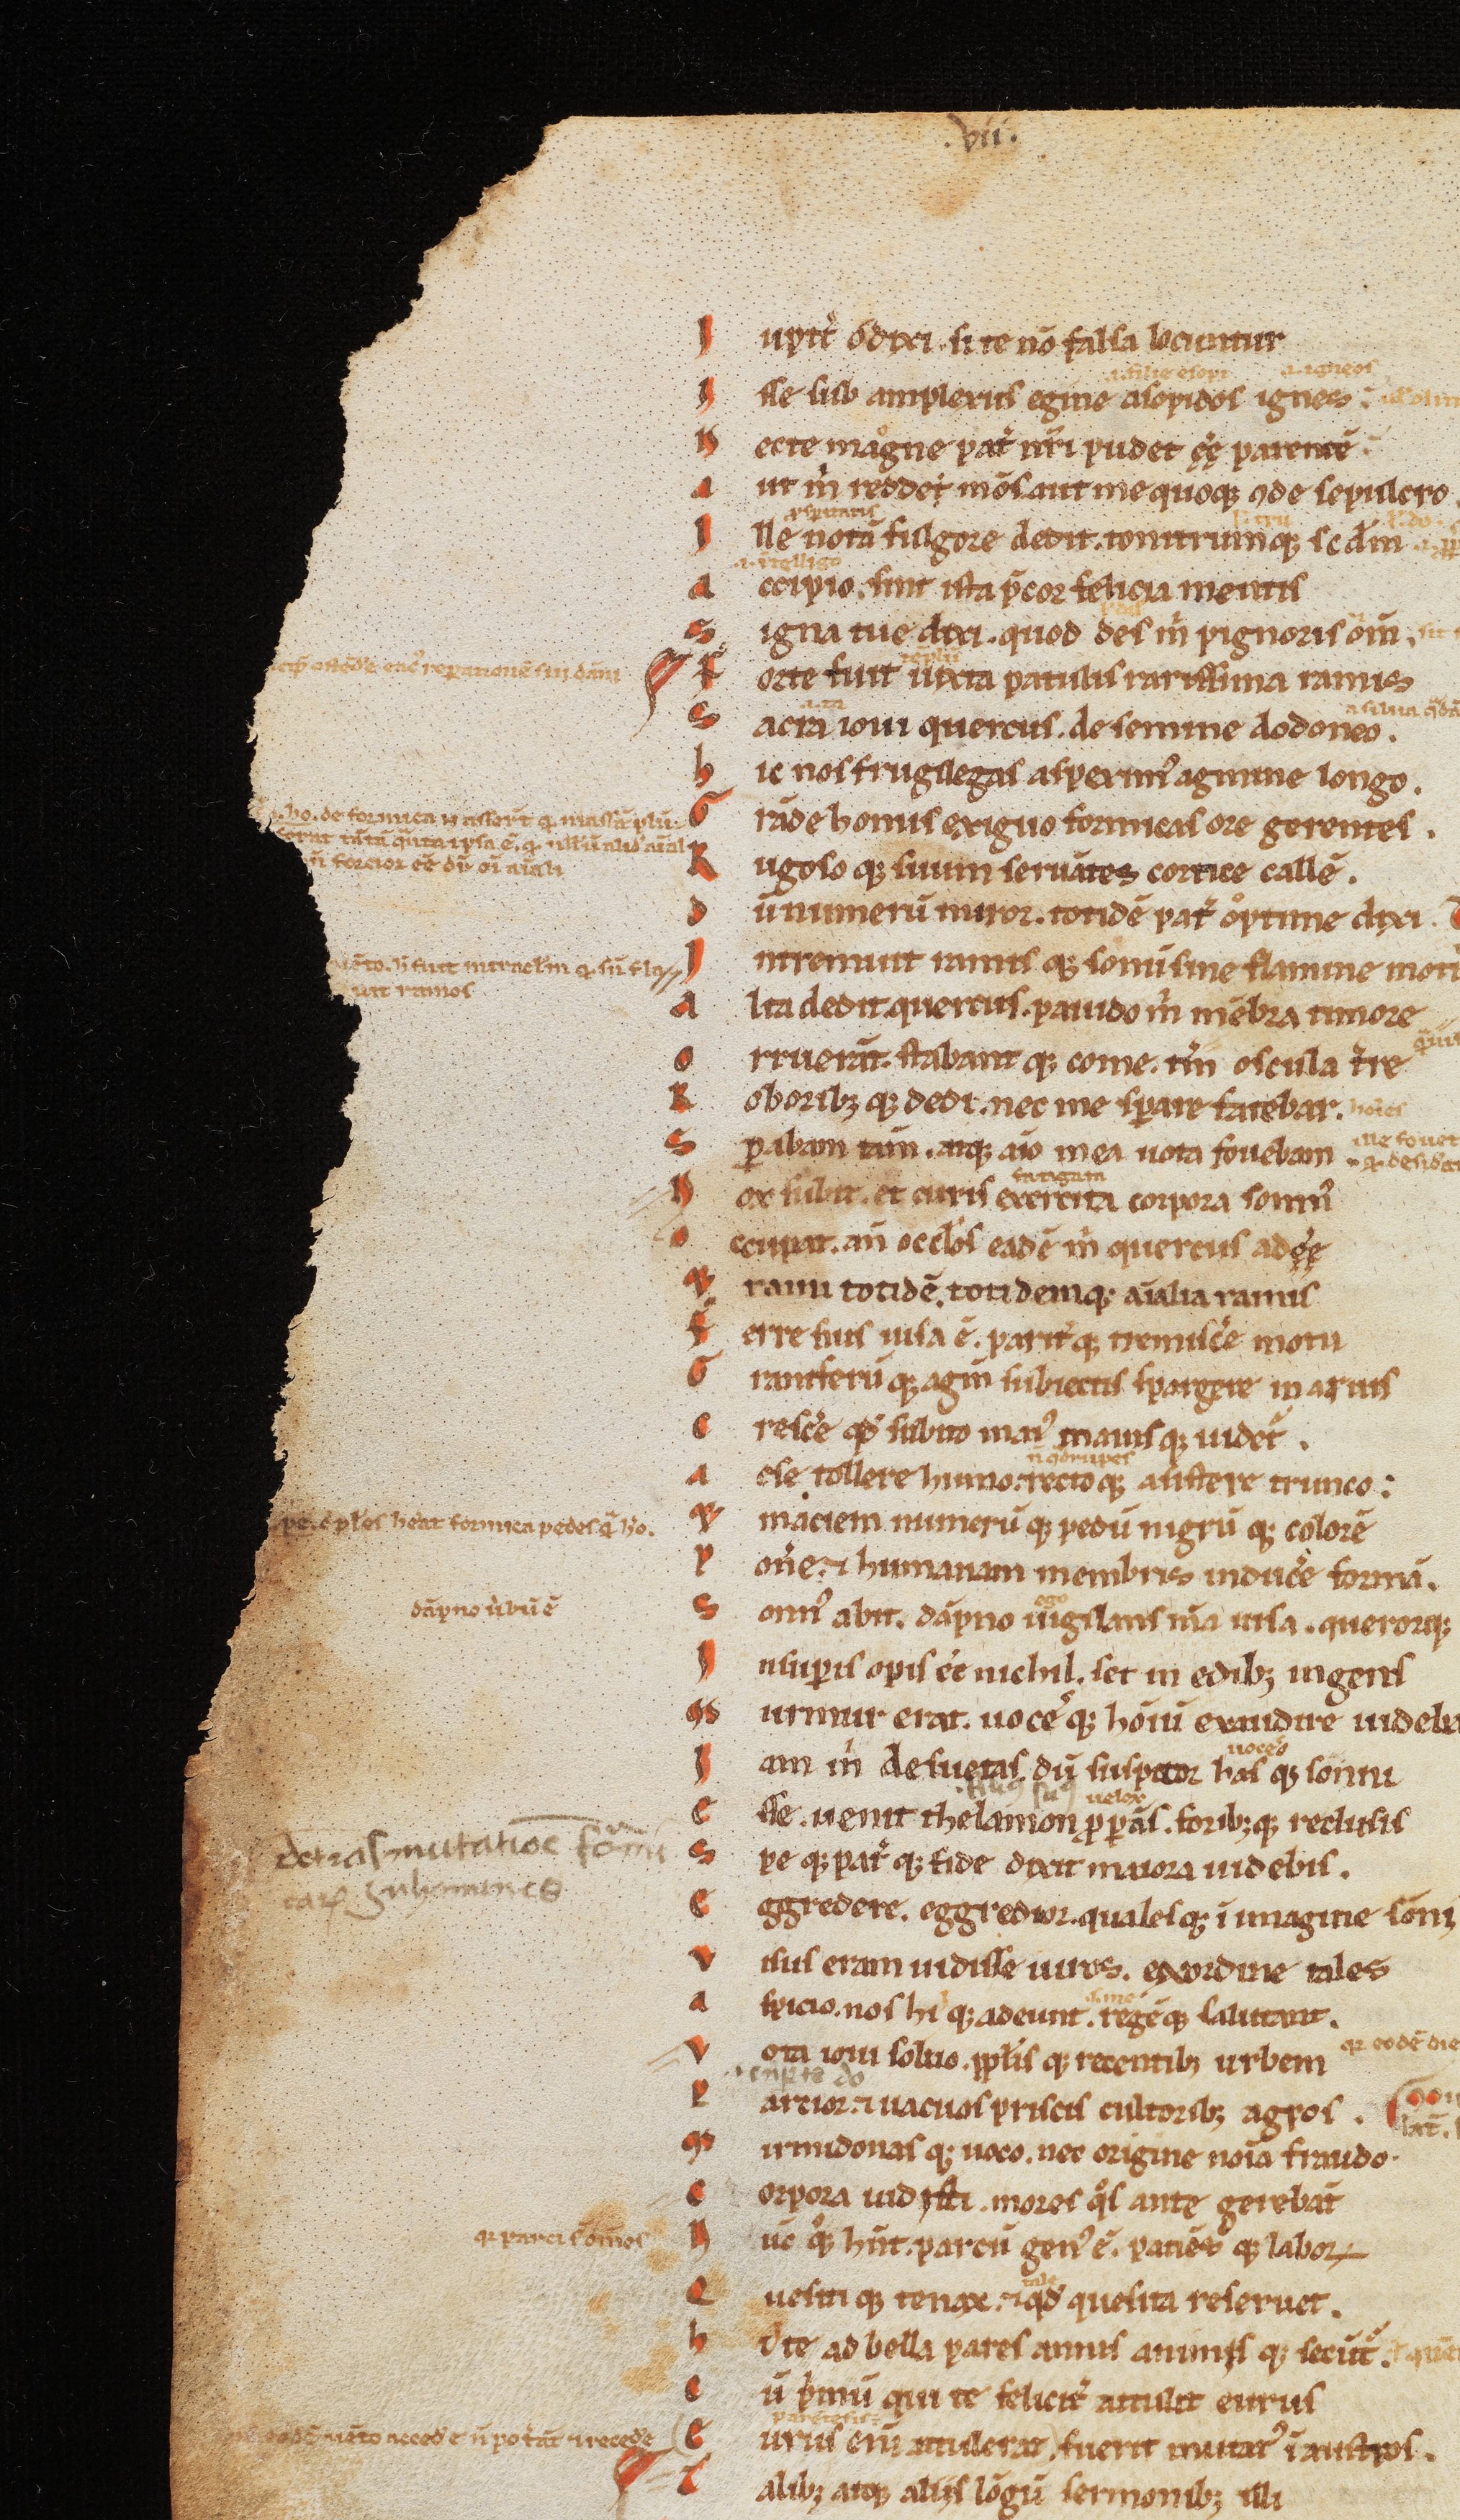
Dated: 1170–1199